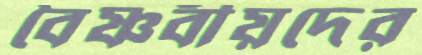
বৈষ্ণবীয়দের